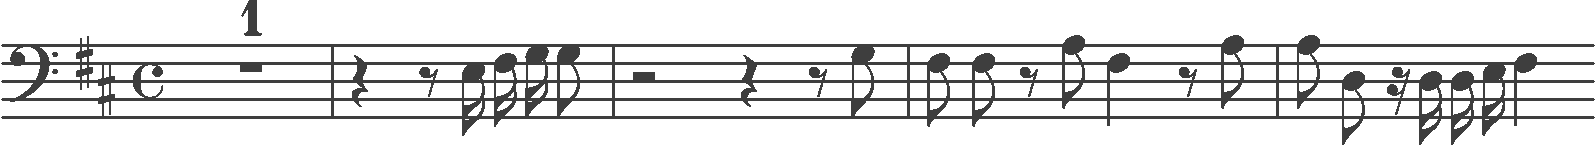
Transcription: clef-F4 keySignature-DM timeSignature-C multirest-1 barline rest-quarter rest-eighth note-E3_sixteenth note-F#3_sixteenth note-G3_sixteenth note-G3_eighth barline rest-half rest-quarter rest-eighth note-G3_eighth barline note-F#3_eighth note-F#3_eighth rest-eighth note-A3_eighth note-F#3_quarter rest-eighth note-A3_eighth barline note-A3_eighth note-D3_eighth rest-sixteenth note-D3_sixteenth note-D3_sixteenth note-E3_sixteenth note-F#3_quarter